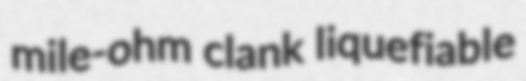
mile-ohm clank liquefiable